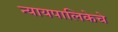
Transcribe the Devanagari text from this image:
न्यायपालिकेचे